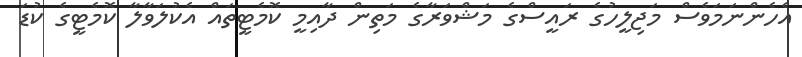
އެހެންނަމަވެސް މަޖިލީހުގެ ރައީސްގެ މަޝްވަރާގެ މަތިން ދާއިމީ ކޮމެޓީތައް އެކުލަވާލާ ކޮމެޓީގެ ކުޑަ